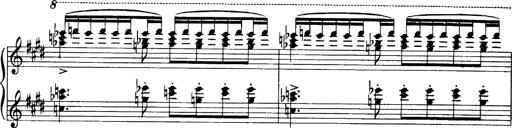
Title: OuvertÃ¼re zu TannhÃ¤user
Composer: Franz Liszt